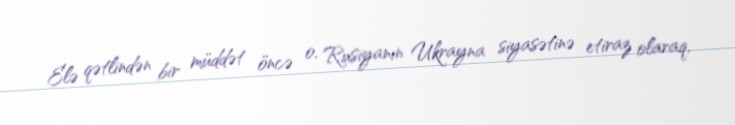
Elə qətlindən bir müddət öncə o, Rusiyanın Ukrayna siyasətinə etiraz olaraq,